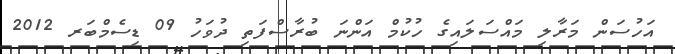
އަހުސަން މަރާލި މައްސަލައިގެ ހުކުމް އަންނަ ބުރާސްފަތި ދުވަހު 09 ޑިސެމްބަރ 2012